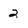
Character: 2